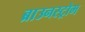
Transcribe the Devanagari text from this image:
ब्राउनस्ट्रोम